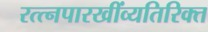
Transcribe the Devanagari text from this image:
रत्त्‍नपारखींव्यतिरिक्त